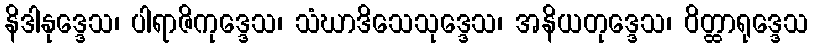
နိဒါနုဒ္ဒေသ၊ ပါရာဇိကုဒ္ဒေသ၊ သံဃာဒိသေသုဒ္ဒေသ၊ အနိယတုဒ္ဒေသ၊ ဝိတ္ထာရုဒ္ဒေသ